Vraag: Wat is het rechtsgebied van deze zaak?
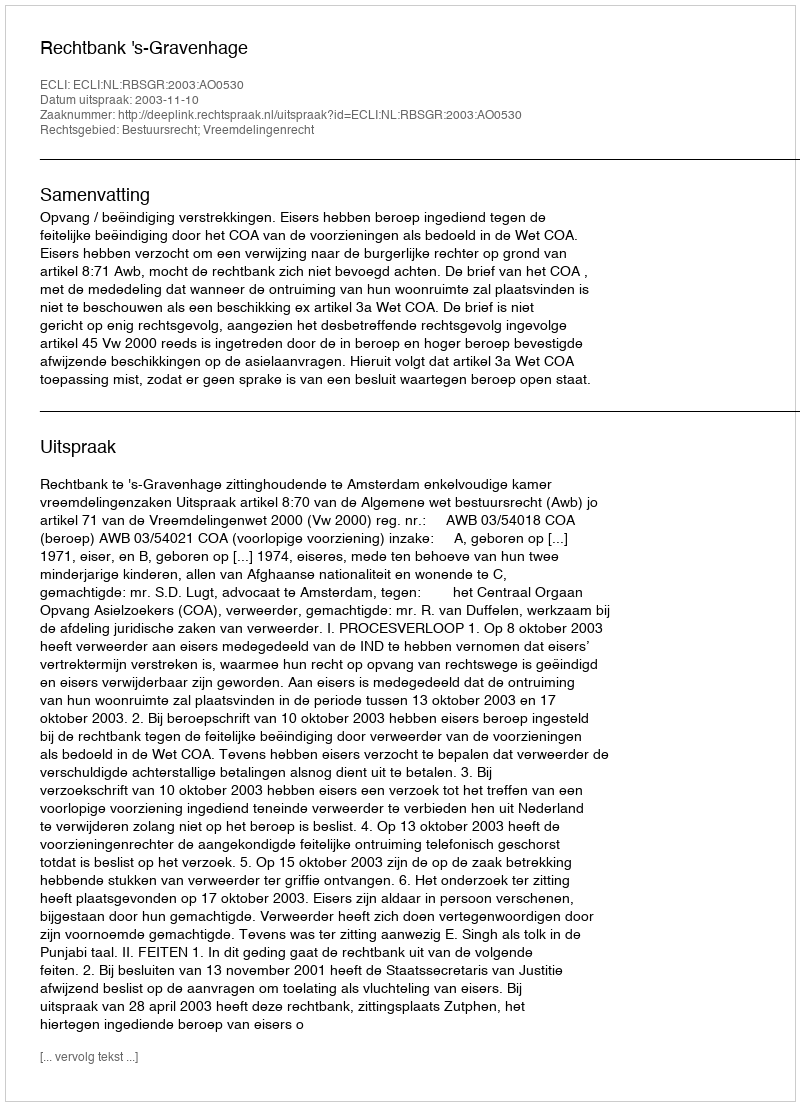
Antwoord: Bestuursrecht; Vreemdelingenrecht